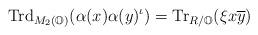
LaTeX: \begin{align*}\mathrm{Trd}_{M_2(\mathbb{O})}( \alpha(x) \alpha(y)^\iota )= \mathrm{Tr}_{ R / \mathbb{O}}( \xi x \overline{y} )\end{align*}